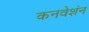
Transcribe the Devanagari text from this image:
कनवेशंन